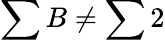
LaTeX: \sum B\neq\sum 2